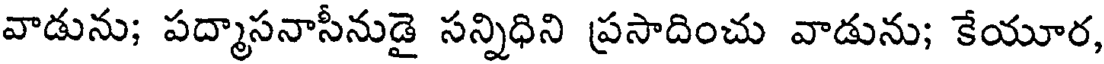
వాడును; పద్మాసనాసీనుడై సన్నిధిని ప్రసాదించు వాడును; కేయూర,